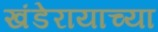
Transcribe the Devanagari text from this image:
खंडेरायाच्या